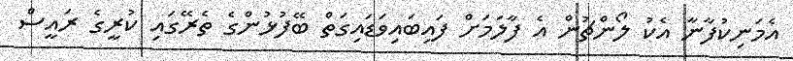
އެމަނިކުފާނާ އެކު ލޯންޗުން އެ ފާލަމަށް ފައިބައިވަޑައިގަތް ބޭފުޅުންގެ ތެރޭގައި ކުރީގެ ރައީސް